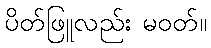
ပိတ်ဖြူလည်း မဝတ်။